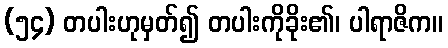
(၅၄) တပါးဟုမှတ်၍ တပါးကိုခိုး၏၊ ပါရာဇိက။